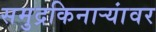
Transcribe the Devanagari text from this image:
समुद्रकिनाऱ्यांवर